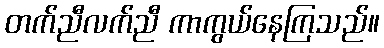
တက်ညီလက်ညီ ကာကွယ်နေကြသည်။